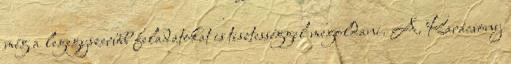
még a legegyszerűbb feladatokat is tisztességgel megoldani. A. Karácsony